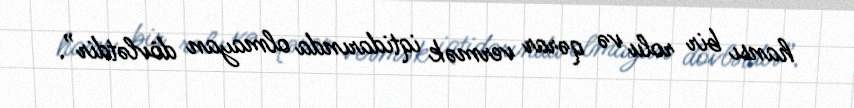
hansı bir rolu və qərar vermək iqtidarında olmayan dövlətdir”.